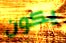
يكون